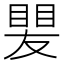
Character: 𥈫